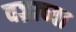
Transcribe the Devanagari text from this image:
वज्राच्या